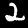
Label: 2